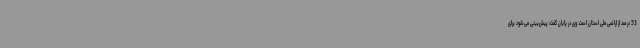
53 درصد از اراضی ملی استان است. وی در پایان گفت: پیش‌بینی می‌شود برای